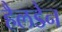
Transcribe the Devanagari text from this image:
हैलडेन